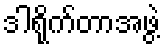
ဒါရိုက်တာအဖွဲ့